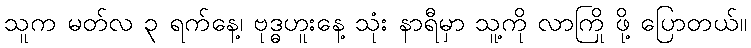
သူက မတ်လ ၃ ရက်နေ့၊ ဗုဒ္ဓဟူးနေ့ သုံး နာရီမှာ သူ့ကို လာကြို ဖို့ ပြောတယ်။